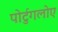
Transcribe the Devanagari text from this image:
पोर्टुगलोए